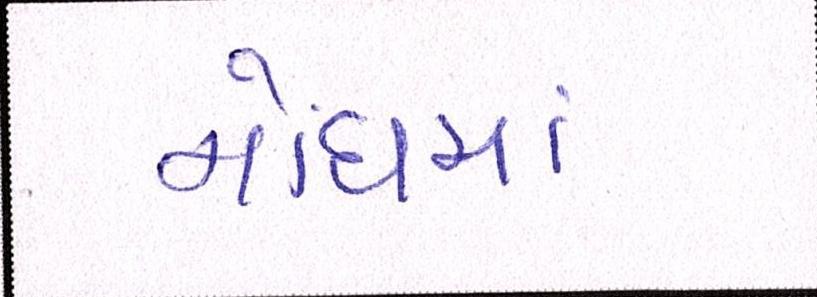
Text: નોંધમાં